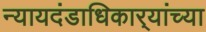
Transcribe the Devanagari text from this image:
न्यायदंडाधिकार्‍यांच्या